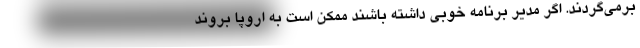
برمی‌گردند. اگر مدیر برنامه خوبی داشته باشند ممکن است به اروپا بروند